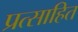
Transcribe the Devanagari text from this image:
प्रत्साहित